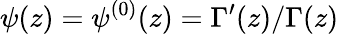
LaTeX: \psi(z)=\psi^{(0)}(z)=\Gamma^{\prime}(z)/\Gamma(z)